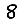
Digit: 8